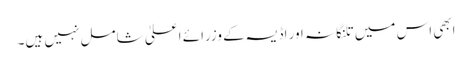
ابھی اس میں تلنگانہ اور اڈیسہ کے وزرائے اعلیٰ شامل نہیں ہیں۔